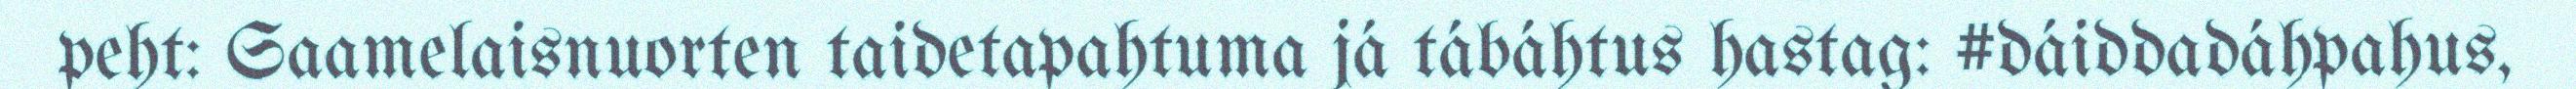
peht: Saamelaisnuorten taidetapahtuma já tábáhtus hastag: #dáiddadáhpahus,